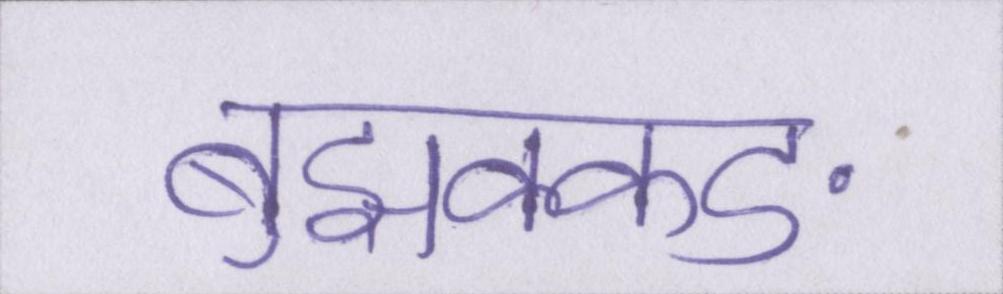
बुझक्कङ